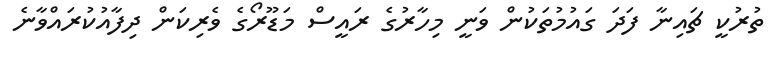
ތުރުކީ ޗައިނާ ފަދަ ގައުމުތަކުން ވަނީ މިހާރުގެ ރައީސް މަޑޫރޯގެ ވެރިކަން ދިފާއުކުރައްވާނެ